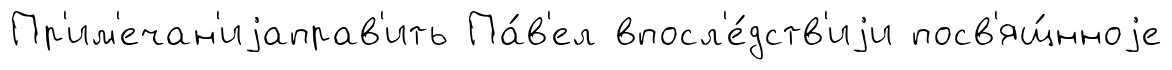
Пр'им'ечан'иjаправ'ить Па́в'ел впосл'е́дств'иjи посв'ящ́нноjе